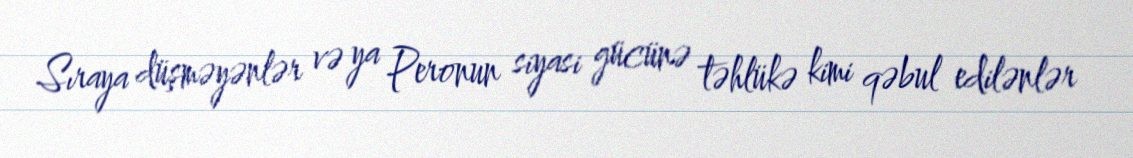
Sıraya düşməyənlər və ya Peronun siyasi gücünə təhlükə kimi qəbul edilənlər